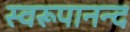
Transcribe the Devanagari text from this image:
स्वरूपानन्द